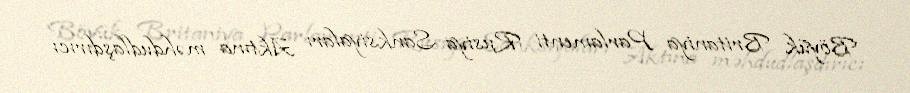
Böyük Britaniya Parlamenti Rusiya Sanksiyaları Aktına məhdudlaşdırıcı